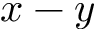
x - y